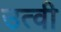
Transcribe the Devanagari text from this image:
उत्वी